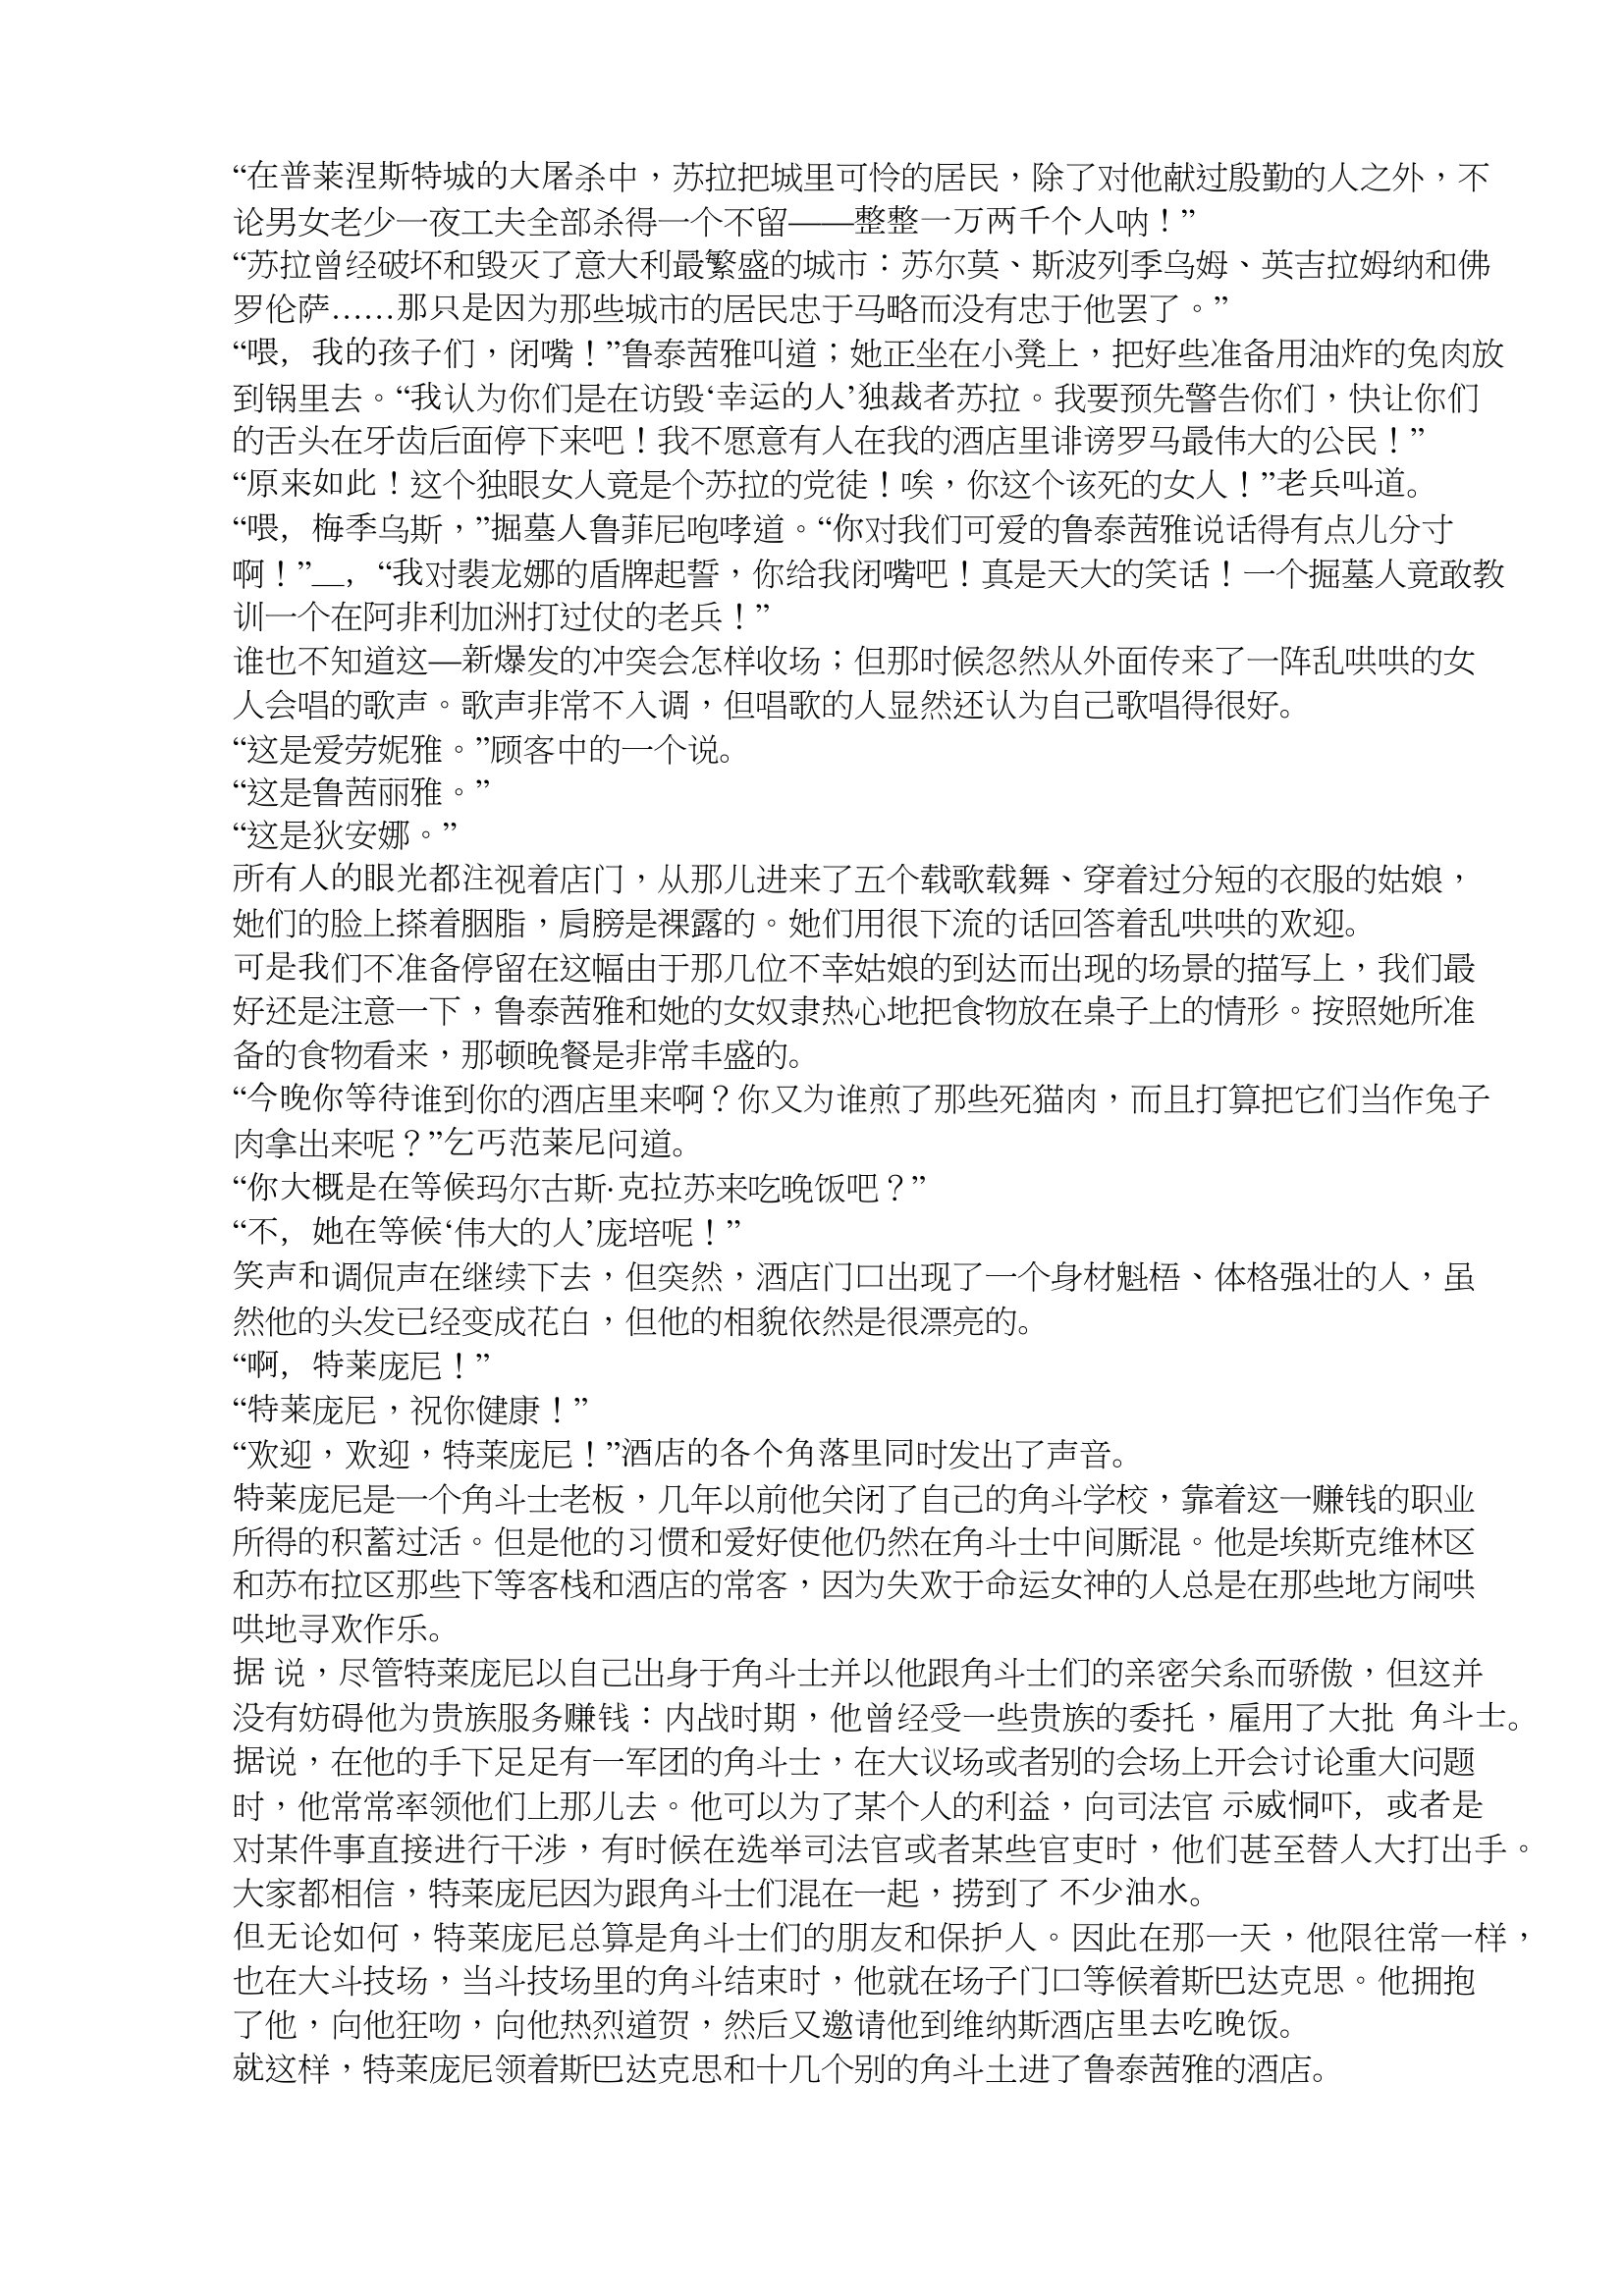
Language: zh